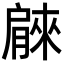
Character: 𦠘